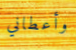
وأعطاني